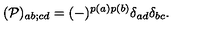
( { \cal P } ) _ { a b ; c d } = ( - ) ^ { p ( a ) p ( b ) } \delta _ { a d } \delta _ { b c } .